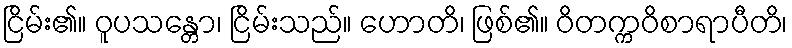
ငြိမ်း၏။ ဝူပသန္တော၊ ငြိမ်းသည်။ ဟောတိ၊ ဖြစ်၏။ ဝိတက္ကဝိစာရာပီတိ၊